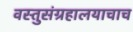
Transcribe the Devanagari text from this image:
वस्तुसंग्रहालयाचाच